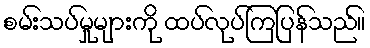
စမ်းသပ်မှုများကို ထပ်လုပ်ကြပြန်သည်။